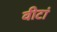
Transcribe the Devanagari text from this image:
वीटां